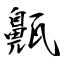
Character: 齀